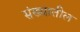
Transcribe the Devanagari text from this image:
संख्यातील